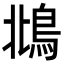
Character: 𩿻